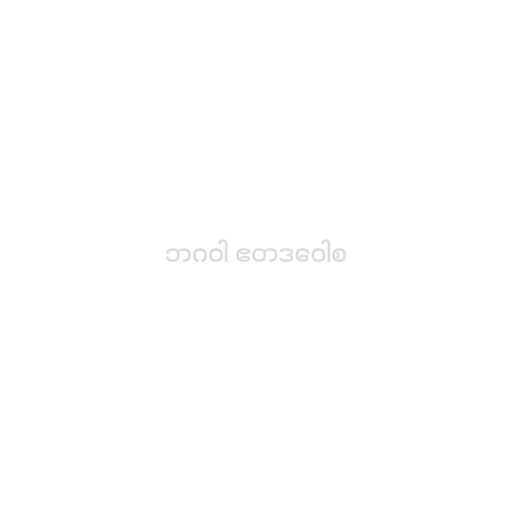
ဘဂဝါ ဧတဒဝေါစ